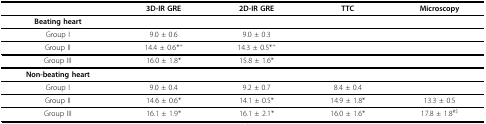
|  | 3D-IR GRE | 2D-IR GRE | TTC | Microscopy |
 | --- | --- | --- | --- | --- |
 | Beating heart |  |  |  |  |
 | Group I | 9.0 ± 0.6 | 9.0 ± 0.3 |  |  |
 | Group II | 14.4 ± 0.6*+ | 14.3 ± 0.5*+ |  |  |
 | Group III | 16.0 ± 1.8* | 15.8 ± 1.6* |  |  |
 | Non-beating heart |  |  |  |  |
 | Group I | 9.0 ± 0.4 | 9.2 ± 0.7 | 8.4 ± 0.4 |  |
 | Group II | 14.6 ± 0.6* | 14.1 ± 0.5* | 14.9 ± 1.8* | 13.3 ± 0.5 |
 | Group III | 16.1 ± 1.9* | 16.1 ± 2.1* | 16.0 ± 1.6* | 17.8 ± 1.8#$ |